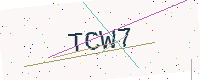
Text: TCW7